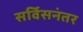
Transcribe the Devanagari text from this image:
सर्विसनंतर